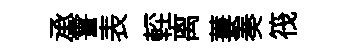
承霅表䡖离萋奏筏